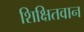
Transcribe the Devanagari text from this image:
शिक्षितवान